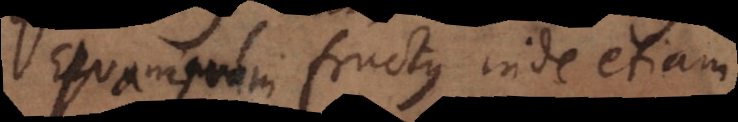
quamquam fructus inde etiam